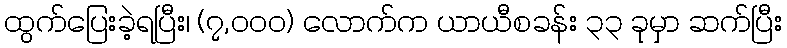
ထွက်ပြေးခဲ့ရပြီး၊ (၇,၀၀၀) လောက်က ယာယီစခန်း ၃၃ ခုမှာ ဆက်ပြီး